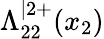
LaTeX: \Lambda_{22}^{\vert 2+}(x_{2})